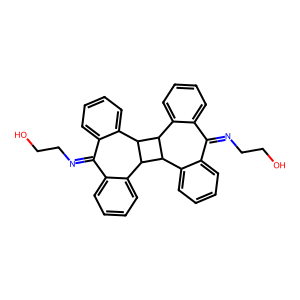
SMILES: OCCN=C1c2ccccc2C2C(c3ccccc31)C1c3ccccc3C(=NCCO)c3ccccc3C21
Inhibits HIV replication: No